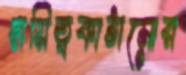
দায়িত্বকাঠামোর